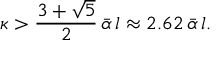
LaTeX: \kappa > \frac { 3 + \sqrt { 5 } } { 2 } \, \bar { \alpha } \, l \approx 2 . 6 2 \, \bar { \alpha } \, l .